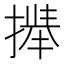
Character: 𫽻